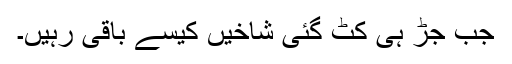
جب جڑ ہی کٹ گئی شاخیں کیسے باقی رہیں۔